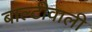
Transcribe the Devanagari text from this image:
बाल्टीवाली